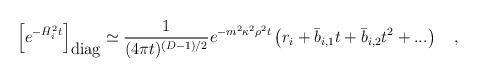
LaTeX: \begin{align*}\left[ e^{-\bar{H}_i^2t} \right]_{\mbox{diag}}\simeq{1 \over (4\pi t)^{(D-1)/2}}e^{-m^2\kappa^2\rho^2 t}\left(r_i+\bar{b}_{i,1}t+\bar{b}_{i,2}t^2+...\right)~~~,\end{align*}